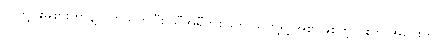
သူတို့ဝါးမစားတာနဲ့ ပတ်သတ်ပြီး သီအိုရီတစ်ခုက သူတို့ရဲ့ အစာဖြစ်တဲ့ ငါးက အဝေးကို